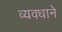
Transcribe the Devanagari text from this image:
व्यवधाने